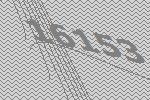
16153